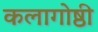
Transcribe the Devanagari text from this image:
कलागोष्ठी